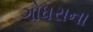
ગોધરાના